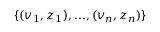
\{ ( \boldsymbol { v } _ { 1 } , z _ { 1 } ) , . . . , ( \boldsymbol { v } _ { n } , z _ { n } ) \}